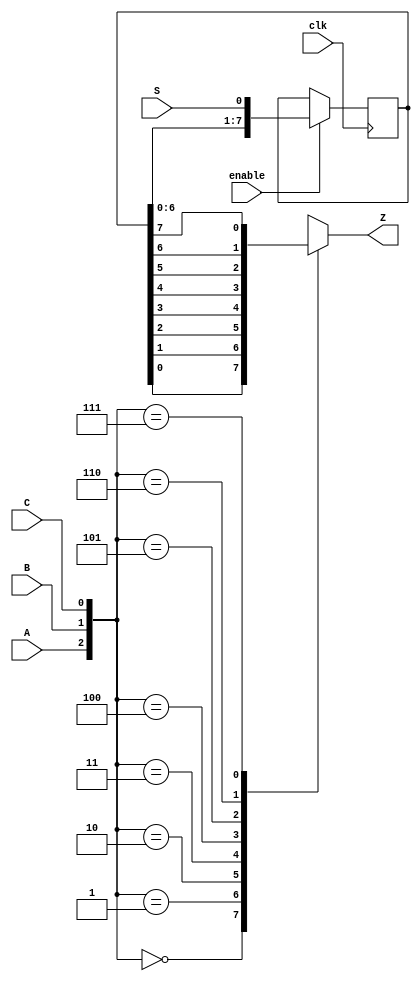
module top_module (
    input clk,
    input enable,
    input S,
    input A, B, C,
    output Z ); 
    
    reg [7:0] Q;
    always @(posedge clk) begin
        if (~enable)
            Q <= Q;
        else begin
            Q <= {Q[6:0],S};
        end
    end
    
    always @(*)
        case({A,B,C})
            3'd0: Z = Q[0];
            3'd1: Z = Q[1];
            3'd2: Z = Q[2];
            3'd3: Z = Q[3];
            3'd4: Z = Q[4];
            3'd5: Z = Q[5];
            3'd6: Z = Q[6];
            3'd7: Z = Q[7];
            default:Z = Q[0];
        endcase



// Create a 8-to-1 mux that chooses one of the bits of q based on the three-bit number {A,B,C}:
// There are many other ways you could write a 8-to-1 mux
// (e.g., combinational always block -> case statement with 8 cases).
//assign Z = q[ {A, B, C} ];


endmodule